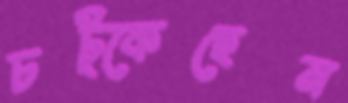
চট্‌কেছেন